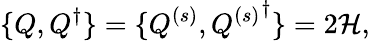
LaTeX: \{ Q,Q^{\dagger}\} =\{ Q^{(s)},{Q^{(s)}}^{\dagger}\} =2{\cal H},